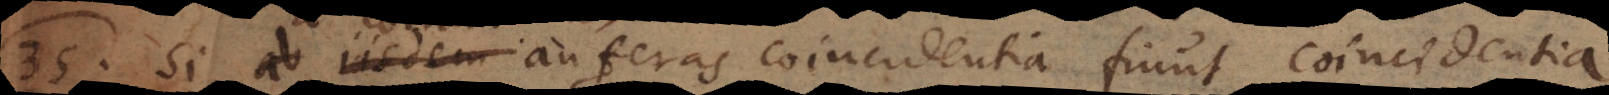
35) Si a coincidentibus auferas coincidentia fiunt coincidentia.